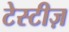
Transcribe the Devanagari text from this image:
टेस्टीज़